Vaccine operations Central Provinces 1868-1885 - 1868-1885
Year: 1868
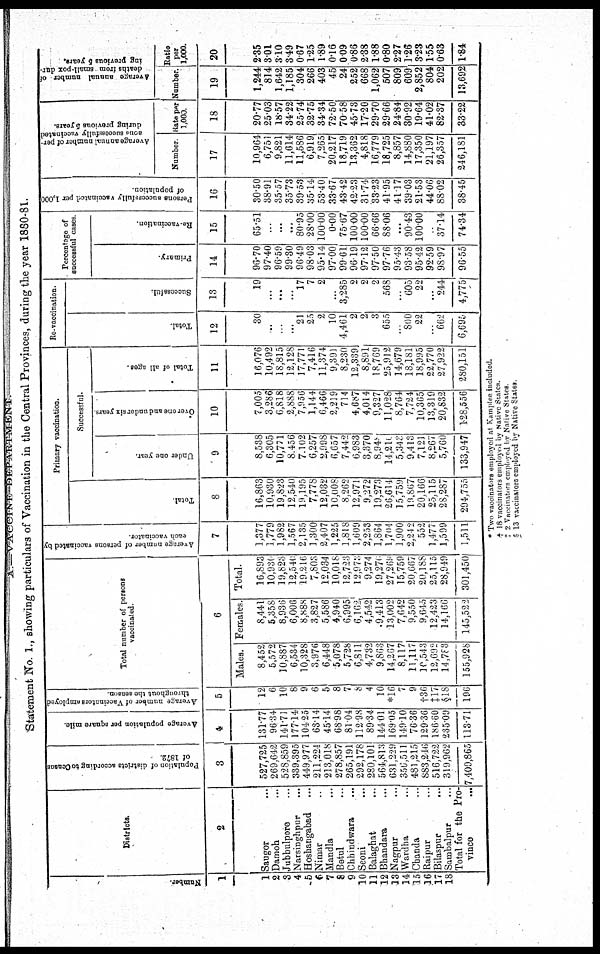
A.—VACCINE DEPARTMENT.
Statement No. 1., showing particulars of Vaccination in the Central Provinces, during the year 1880-81.
Number.
1
1
2
3
4
5
6
7
8
9
10
11
12
13
14
15
16
17
18
Districts.
2
Saugor ...
Damoh ...
Jubbulpore ...
Narsinghpur ...
Hoshangabad ...
Nimar ...
Mandla ...
Betul ...
Chhindwara ...
Seoni ...
Balaghat ...
Bhandara ...
Nagpur ...
Wardha ...
Chanda ...
Raipur ...
Bilaspur ...
Sambalpur ...
Total for the Pro¬
vince
...
Population of districts according to Census
of 1872.
3
527,725
269,642
528,859
339,395
449,977
211,224
213,018
278,857
265,191
292,178
280,101
564,813
631,229
356,511
481,215
883,246
516,722
319,962
7,409,865
Average population per square mile.
4
131.77
96.34
141.71
177.14
104.25
63.14
45.14
68.98
81.04
112.98
89.34
144.01
169.05
149.10
76.36
129.36
186.60
235.09
113.71
Average number of Vaccinators employed
throughout the season.
5
12
6
10
8
9
6
5
8
7
8
4
10
*l6
7
9
†36
‡17 §18
196
Total number of persons
vaccinated.
6
Males.
8,452
5,572
10,887
6,534
10,328
3,976
6,448
5,078
5,728
6,811
4,732
9,863
14,267
8,117
11,117
10,543
12,692
14,783
155,928
Females.
8,441
5,358
8,936
6,006
8,888
3,827
5,586
4,940
6,995
6,162,
4,542
9,413
13,002
7,642
9,550
9,645
12,423
14,166
145,522
Total.
16,893
10,936
19,823
12,540
19,216
7,803
12,034
10,018
12,723
12,973
9,274
19,276
27,269
15,759
20,667
20,188
25,115
28,949
301,450
A verage number of persons vaccinated by
each vaccinator.
7
1,377
1,779
1,982
1,567
2,135
1,300
2,407
1,225
1,818
1,609
2,253
1,864
1,704
1,900
2,242
552
1,477
1,599
1,511
Primary vaccination.
Total.
8
16,863
10,930
19,823
12,540
19,195
7,778
12,032
10,008
8,262
12,971
9,272
19,273
26,614
15,759
19,867
20,166
25,115
28,287
294,755
Successful.
Under one year.
9
8,538
6,305
10,771
8,456
7.102
6,257
2,998
6,657
7,442
6,983
3,370
8,949
14,210
5,343
9,413
7,121
8,267
5,760
133,947
Over one and under 6ix years
10
7,005
3,286
6,818
2,888
7,956
1,144
6,466
2,219
714
4,687
4,014
9,327
11,028
8,764
7,724
10,365
13,319
20,832
128,556
Total of all ages.
11
16,076
10,492
18,815
12,128
17,771
7,416
11,374
9,391
8,230
12,339
8,891
18,769
25,912
14,679
18,181
18,995
22,770
27,922
280,151
Re-vaccination.
Total.
12
30
...
...
...
21
25
2
10
4,461
2
2
3
655
...
800
22
...
662
6,695
Successful.
13
19
...
...
...
17
7
2
...
3,285
2
2
2
568
...
605
22
...
244
4,775
Percentage of
successful cases
Primary.
14
96.70
97.40
96.59
99.30
96.49
98.03
95.14
97.00
99.61
96.19
97.12
97.50
97.76
95.43
93.58
95.42
92.59
98.97
96.55
Re-vaccination.
15
65.51
...
...
...
80.95
28.00
100.00
0.00
75.67
100.00
100.00
66.66
88.06
...
90.43
100.00
37.14
74.34
Persona successfully vaccinated per 1,000
of population.
16
30.50
38.91
35.57
35.73
39.53
35.14
53.40
33.67
43.42
42.23
31.74
33.23
41.95
41.17
39.03
21.53
44.06
88.02
38.45
Average annual number of per-
---- successfully vaccinated
during previous 5 years.
Number
17
10,964
6,751
9,821
11,614
11,586
6,919
7,265
20,217
18,719
13,362
4,818
16,779
18,725
8,857
14,880
17,350
21,197
26,357
246,181
Rate par
1,000.
18
20.77
25.03
18.57
34.22
25.74
32.75
34.34
72.50
70.58
45.73
17.20
29.70
29.66
24.84
30.92
19.64
41.02
82.37
33.22
Average annual number of
deaths from small-pox dur-
ing previous 5 years.
Number.
19
1,244
814
1,642
1,185
304
266
403
45
24
252
668
1,062
507
809
609
2,852
804
202
13,692
Ratio
per
1,000.
20
2.35
3.01
3.10
3.49
0.67
1.25
1.89
0.16
0.09
0.86
2.38
1.88
0.80
2.27
1.26
3.23
1.55
0.63
1.84
* Two vaccinators employed at Kamptee included.
† 18 vaccinators employed by Native States.
‡ 2 Vaccinators employed by Native States.
§ 13 vaccinators employed by Native States.